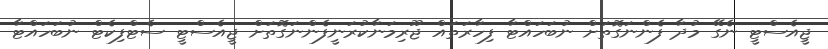
ޖީއެސްޓީ ނެގޭ މުދާ ފެންނަގޮތަށް ނުބަހައްޓާ ފިހާރަތައް ޖޫރިމަނާކުރަނީފެންނަގޮތަށް ޖީއެސްޓީ ސެޓްފިކެޓް ނުބަހައްޓާ